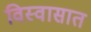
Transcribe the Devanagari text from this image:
विस्वासात